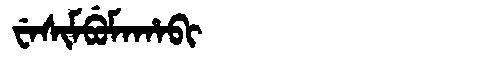
Manchu: ᠸᡝᠰᡳᠮᠪᡠᠮᠠᡥᠠᠪᡳ
Romanization: WESIMBUMAHABI